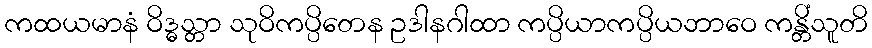
ကထယမာနံ ဝိဒ္ဓသ္တာ သုဝိကပ္ပိတေန ဥဒါနဂါထာ ကပ္ပိယာကပ္ပိယဘာဝေ ကန္တိံသူတိ